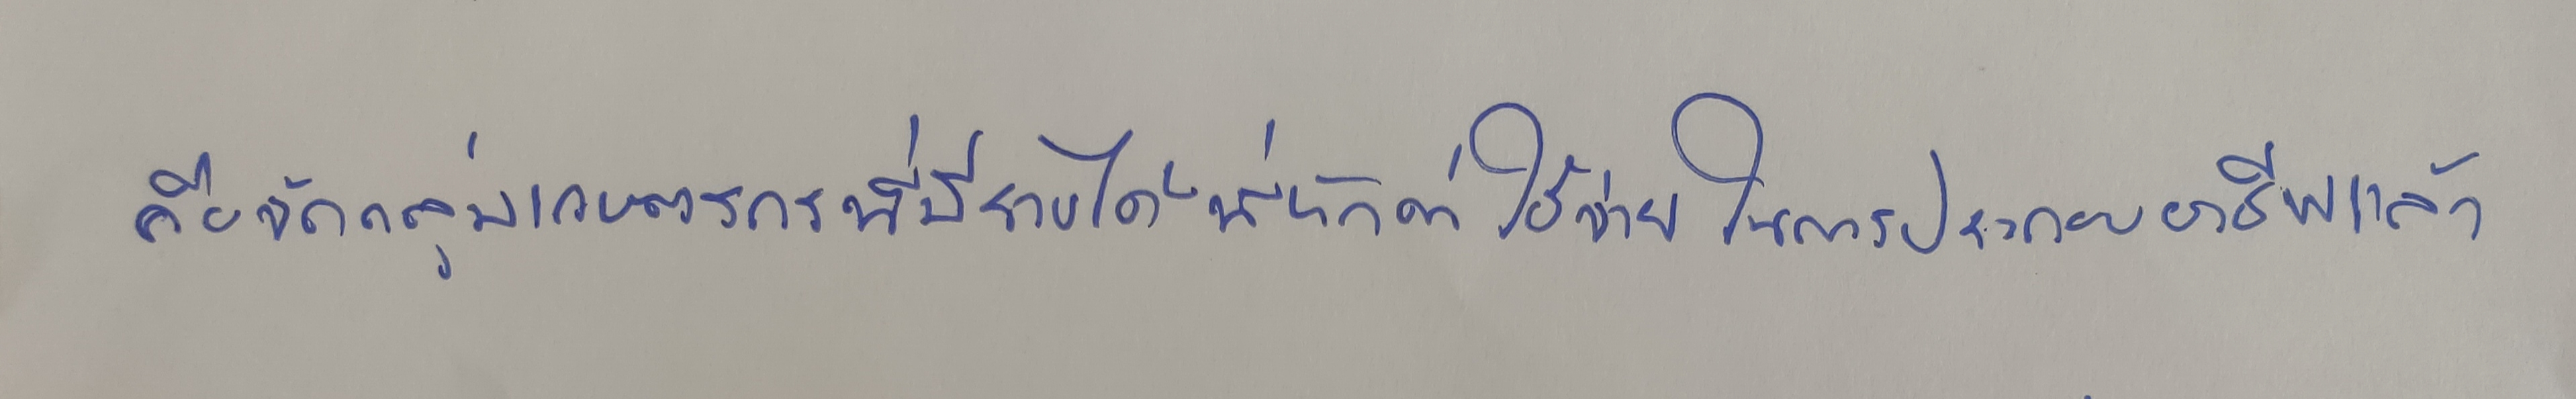
คือจัดกลุ่มเกษตรกรที่มีรายได้ที่หักค่าใช้จ่ายในการประกอบอาชีพแล้ว